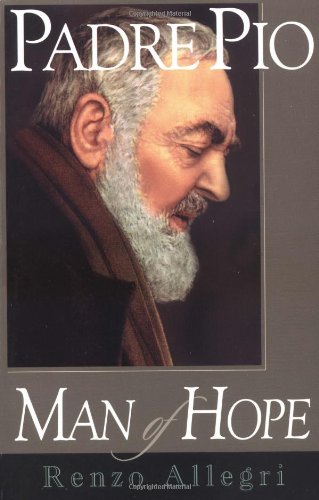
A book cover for Padre Pio: Man of Hope; Renzo Allegri; Christian Books & Bibles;